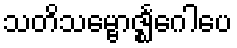
သတိသမ္ဗောဇ္ဈင်္ဂေါပေ